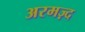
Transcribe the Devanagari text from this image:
अरमज़्द